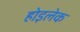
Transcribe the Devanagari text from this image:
होइलेक